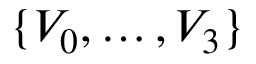
\{ V _ { 0 } , \ldots , V _ { 3 } \}